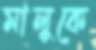
মালুকে